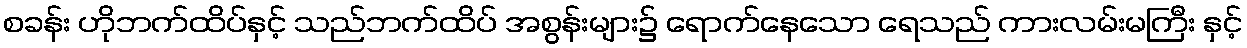
စခန်း ဟိုဘက်ထိပ်နှင့် သည်ဘက်ထိပ် အစွန်းများ၌ ရောက်နေသော ရေသည် ကားလမ်းမကြီး နှင့်